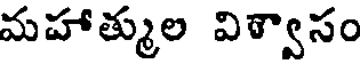
మహాత్ముల విశ్వాసం